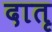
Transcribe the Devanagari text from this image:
दातृ